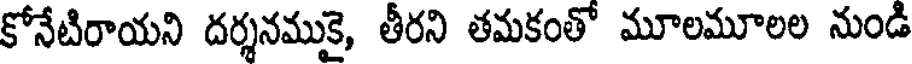
కోనేటిరాయని దర్శనముకై, తీరని తమకంతో మూలమూలల నుండి